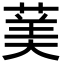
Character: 䓺